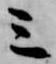
三